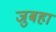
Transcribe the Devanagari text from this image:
जुबहा